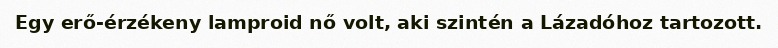
Egy erő-érzékeny lamproid nő volt, aki szintén a Lázadóhoz tartozott.